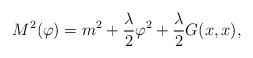
LaTeX: \begin{align*}M^{2}(\varphi)=m ^{2}+\frac{\lambda}{2}\varphi^{2}+\frac{\lambda}{2}G(x,x),\end{align*}